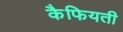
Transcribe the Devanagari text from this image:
कैफियती